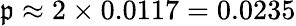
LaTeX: \textstyle\mathfrak{p}\approx2\times0.0117=0.0235